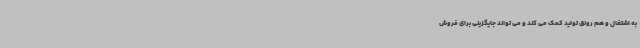
به اشتغال و هم رونق تولید کمک می کند و می تواند جایگزینی برای فروش